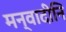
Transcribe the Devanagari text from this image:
मन्वादीनि